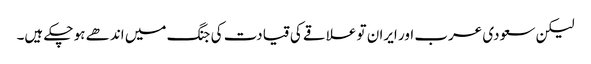
لیکن سعودی عرب اور ایران تو علاقے کی قیادت کی جنگ میں اندھے ہو چکے ہیں۔